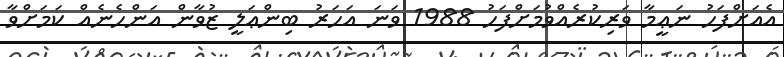
އެއަށްފަހު ނަޢީމާ ވަރިކުރެއްވުމަށްފަހު 1988 ވަނަ އަހަރު ބިންޢަލީ ޒުވާން އަންހެނެއް ކަމަށްވާ